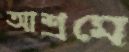
আশ্রমে